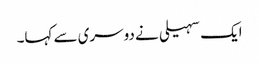
ایک سہیلی نے دوسری سے کہا۔